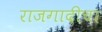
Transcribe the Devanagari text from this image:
राजगादीचा